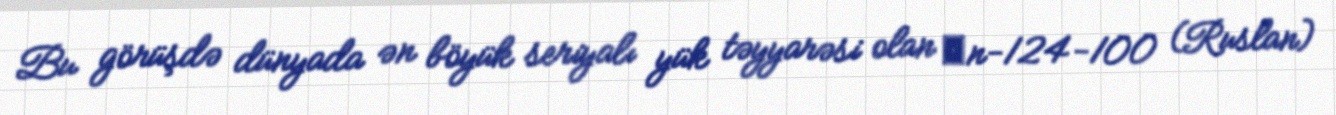
Bu görüşdə dünyada ən böyük seriyalı yük təyyarəsi olan Аn-124-100 (Ruslan)